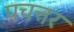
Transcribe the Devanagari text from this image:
पचत्तर